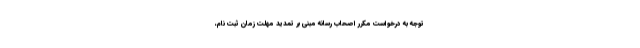
توجه به درخواست مکرر اصحاب رسانه مبنی بر تمدید مهلت زمان ثبت نام،